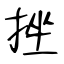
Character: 挫